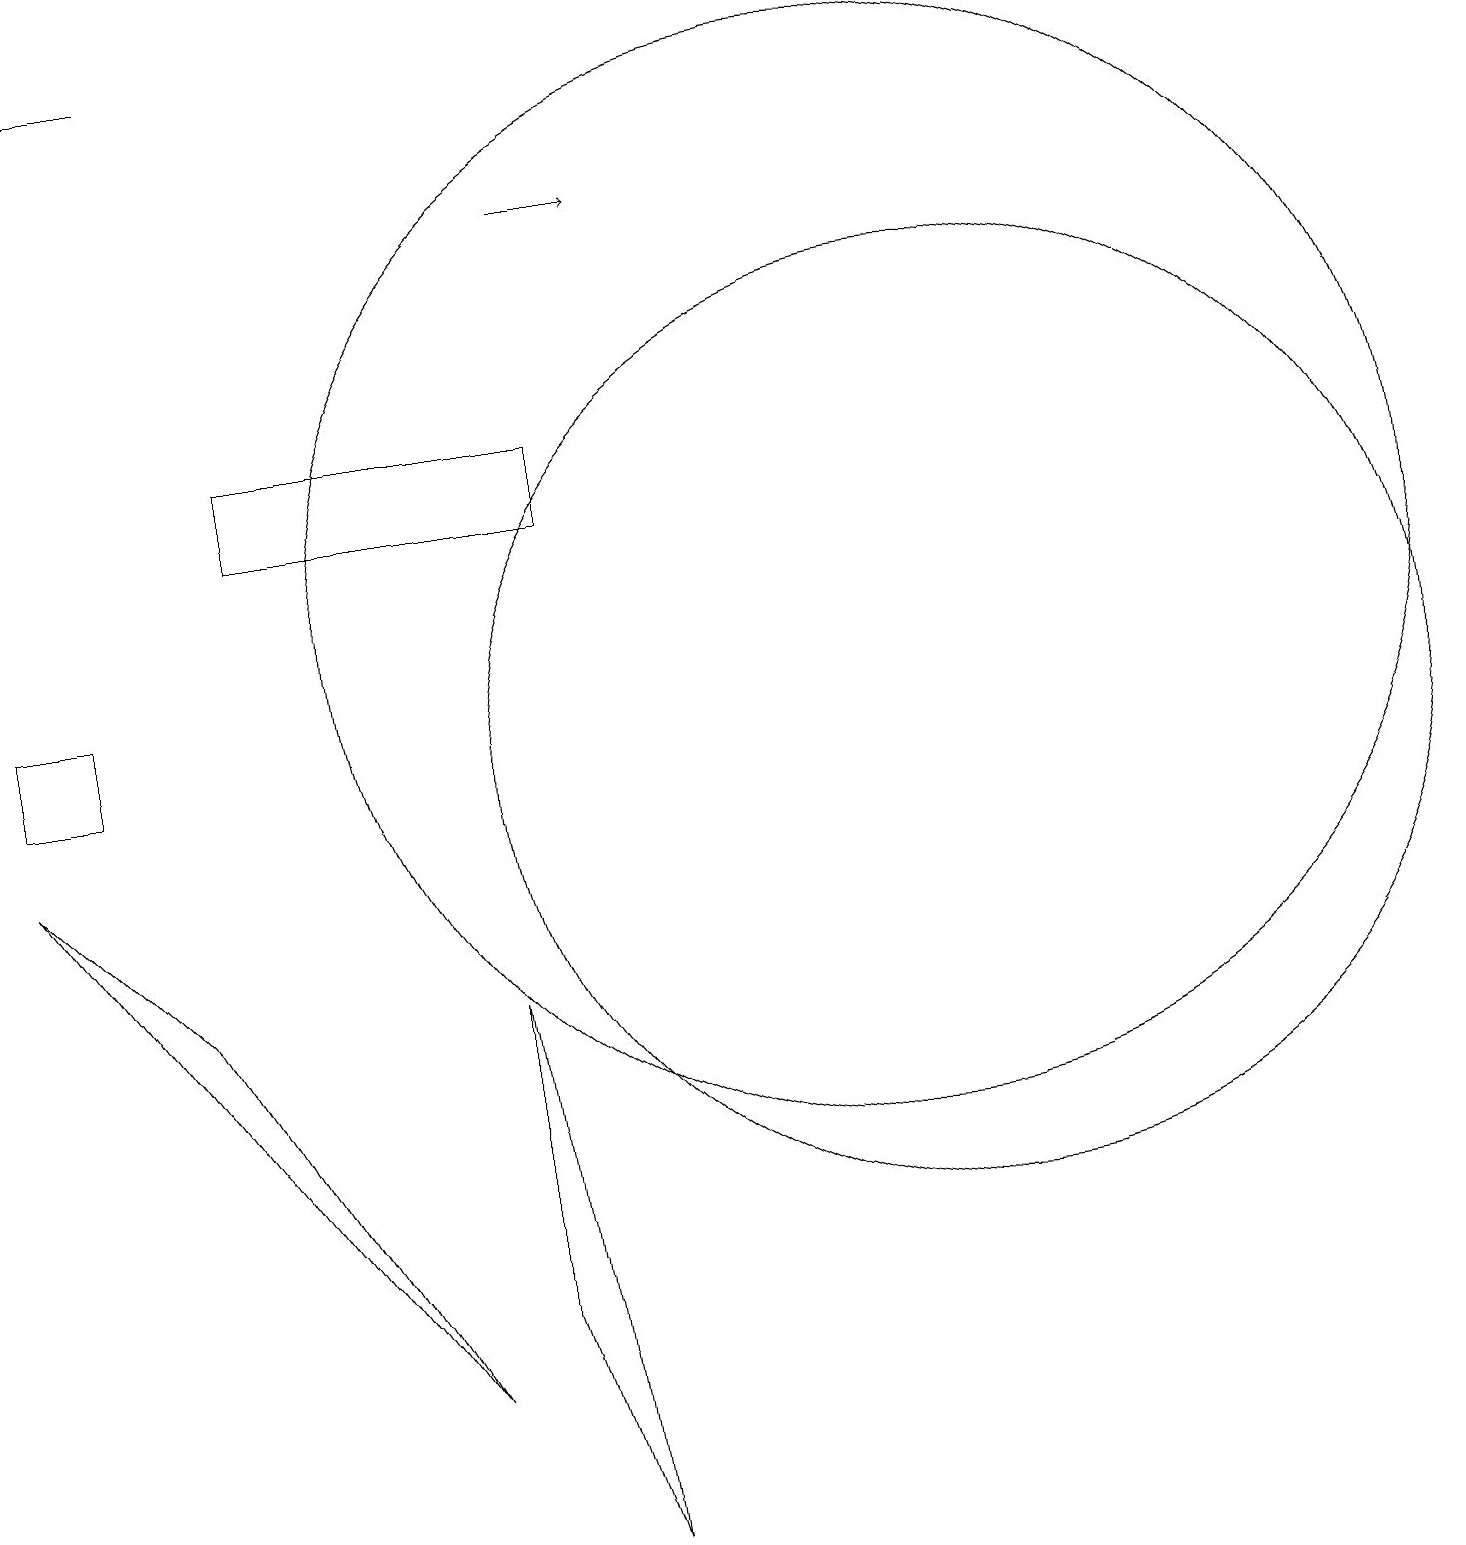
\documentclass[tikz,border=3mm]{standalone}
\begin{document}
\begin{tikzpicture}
\draw (11,12) circle (7);
\draw (7,0) -- (6,3) -- (6,7) -- cycle;
\draw (12,10) circle (6);
\draw (1,10) rectangle (0,11);
\draw (7,13) rectangle (3,14);
\draw[->] (7,17) -- (8,17);
\draw[->] (2,19) -- (1,19);
\draw (0,9) -- (2,7) -- (5,2) -- cycle;
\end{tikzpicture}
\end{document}